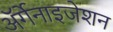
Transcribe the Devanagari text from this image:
ॲर्गेनाइजेशन